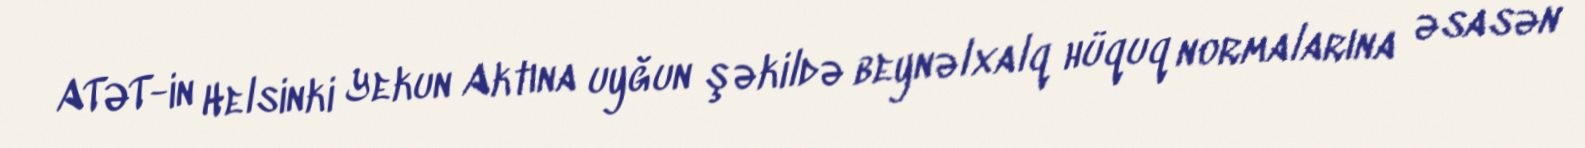
ATƏT-in Helsinki Yekun Aktına uyğun şəkildə beynəlxalq hüquq normalarına əsasən